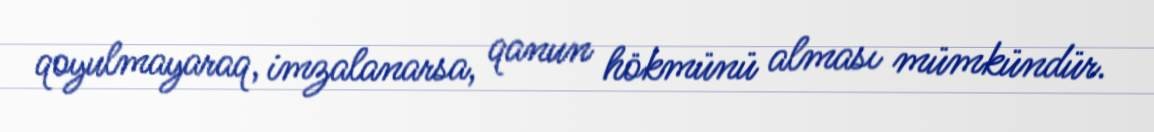
qoyulmayaraq, imzalanarsa, qanun hökmünü alması mümkündür.